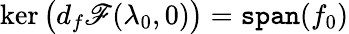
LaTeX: \ker\big(d_{f}\mathscr{F}(\lambda_{0},0)\big)=\mathtt{span}(f_{0})